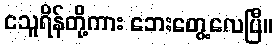
ငသူရိန်တို့ကား ဘေးတွေ့လေပြီ။